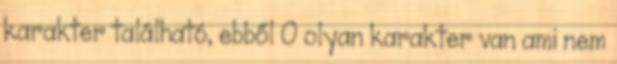
karakter található, ebből 0 olyan karakter van ami nem